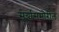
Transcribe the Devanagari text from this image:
सूर्यासमोरील